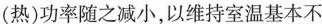
(热)功率随之减小，以维持室温基本不